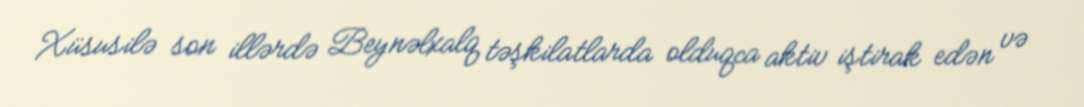
Xüsusilə son illərdə Beynəlxalq təşkilatlarda olduqca aktiv iştirak edən və